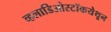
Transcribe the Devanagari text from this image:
व्हलाडिओस्टॉकयेथून